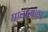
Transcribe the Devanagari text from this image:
पागमळा